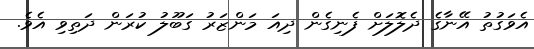
އެވަގުތު އޭނާގެ ދެލޮލަށް ފެނިގެން ދިއަ މަންޒަރު ގަބޫލު ކުރަން ދަތިވި އެވެ.